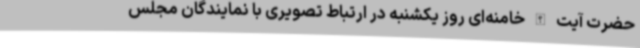
حضرت آیت الله خامنه‌ای روز یکشنبه در ارتباط تصویری با نمایندگان مجلس